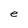
Character: e